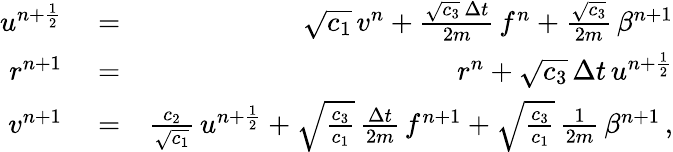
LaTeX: \begin{array}{rlr}{u^{n+\frac{1}{2}}}&{{}=}&{\sqrt{c_{1}}\, v^{n}+\frac{\sqrt{c_{3}}\, \Delta{t}}{2m}\, f^{n}+\frac{\sqrt{c_{3}}}{2m}\, \beta^{n+1}}\\ {r^{n+1}}&{{}=}&{r^{n}+\sqrt{c_{3}}\, \Delta{t}\, u^{n+\frac{1}{2}}}\\ {v^{n+1}}&{{}=}&{\frac{c_{2}}{\sqrt{c_{1}}}\, u^{n+\frac{1}{2}}+\sqrt{\frac{c_{3}}{c_{1}}}\, \frac{\Delta{t}}{2m}\, f^{n+1}+\sqrt{\frac{c_{3}}{c_{1}}}\, \frac{1}{2m}\, \beta^{n+1}\, ,}\end{array}